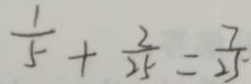
\frac { 1 } { 5 } + \frac { 2 } { 2 5 } = \frac { 7 } { 2 5 }